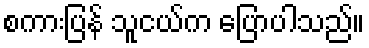
စကားပြန် သူငယ်က ပြောပါသည်။